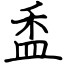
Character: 盉